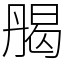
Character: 𠂄